Indian journal of veterinary science and animal husbandry - Volumes 18-21, 1948-1951
Year: 1948
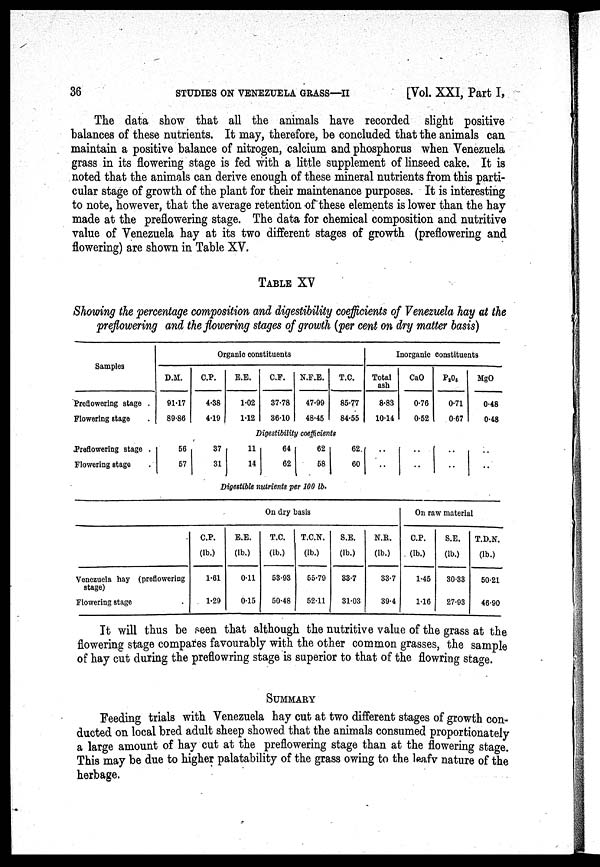
36
STUDIES ON VENEZUELA GRASS—II
[Vol. XXI, Part I,
The data show that all the animals have recorded slight positive
balances of these nutrients. It may, therefore, be concluded that the animals can
maintain a positive balance of nitrogen, calcium and phosphorus when Venezuela
grass in its flowering stage is fed with a little supplement of linseed cake. It is
noted that the animals can derive enough of these mineral nutrients from this parti-
cular stage of growth of the plant for their maintenance purposes. It is interesting
to note, however, that the average retention of these elements is lower than the hay
made at the preflowering stage. The data for chemical composition and nutritive
value of Venezuela hay at its two different stages of growth (preflowering and
flowering) are shown in Table XV.
TABLE XV
Showing the percentage composition and digestibility coefficients of Venezuela hay at the
preflowering and the flowering stages of growth (per cent on dry matter basis)
Samples
Preflowering stage .
Flowering stage .
Organic constituents
D.M.
91.17
89.86
C.P.
4.38
4.19
E.E.
1.02
1.12
C.F.
37.78
36.10
N.F.E.
47.99
48.45
T.C.
85.77
84.55
Inorganic constituents
Total
ash
8.83
10.14
CaO
0.76
0.52
P 2 O 5
0.71
0.67
MgO
0.48
0.48
Digestibility coefficients
Preflowering stage .
Flowering stage .
56
57
37
31
11
14
64
62
62
58
62
60
..
..
..
..
..
..
..
..
Digestible nutrients per 100 lb.
On dry basis
Venezuela hay (preflowering
stage)
Flowering stage
C.P.
(lb.)
1.61
1.29
E.E.
(lb.)
0.11
0.15
T.C.
(lb.)
53.93
50.48
T.C.N.
(lb.)
55.79
52.11
S.E.
(lb.)
33.7
31.03
N.R.
(lb.)
33.7
39.4
On raw material
C.P.
(lb.)
1.45
1.16
S.E.
(lb.)
30.33
27.93
T.D.N.
(lb.)
50.21
46.90
It will thus be seen that although the nutritive value of the grass at the
flowering stage compares favourably with the other common grasses, the sample
of hay cut during the preflowring stage is superior to that of the flowring stage.
SUMMARY
Feeding trials with Venezuela hay cut at two different stages of growth con-
ducted on local bred adult sheep showed that the animals consumed proportionately
a large amount of hay cut at the preflowering stage than at the flowering stage.
This may be due to higher palatability of the grass owing to the leafy nature of the
herbage.